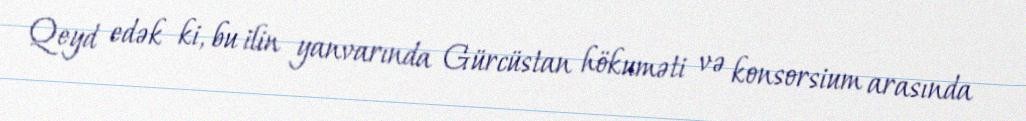
Qeyd edək ki, bu ilin yanvarında Gürcüstan hökuməti və konsorsium arasında